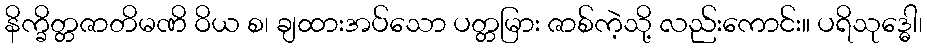
နိက္ခိတ္တဇာတိမဏိ ဝိယ စ၊ ချထားအပ်သော ပတ္တမြား ဇာစ်ကဲ့သို့ လည်းကောင်း။ ပရိသုဒ္ဓေါ၊